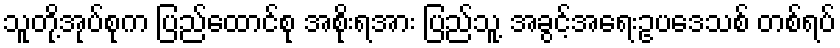
သူတို့အုပ်စုက ပြည်ထောင်စု အစိုးရအား ပြည်သူ့ အခွင့်အရေးဥပဒေသစ် တစ်ရပ်